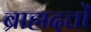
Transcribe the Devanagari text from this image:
ब्राह्मदत्तों